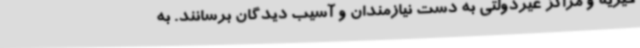
خیریه و مراکز غیردولتی به دست نیازمندان و آسیب دیدگان برسانند. به